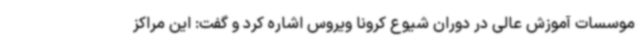
موسسات آموزش عالی در دوران شیوع کرونا ویروس اشاره کرد و گفت: این مراکز